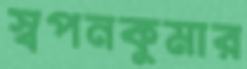
স্বপনকুমার